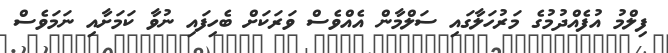
ފިލްމު އުފެއްދުމުގެ މަރުހަލާގައި ސަލްމާން އެއްވެސް ވަރަކަށް ބެހިފައި ނުވާ ކަމަށާއި ނަމަވެސް